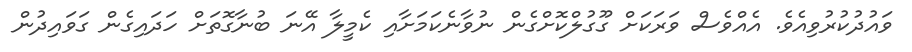
ވައުދުކުރުވިއެވެ. އެއްވެސް ވަރަކަށް ގޫގުލްކޮށްގެން ނުވާނެކަމަށާއި ކެމީލާ އޭނަ ބުނާގޮތަށް ހަދައިގެން ގަވައިދުން